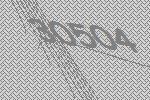
30504